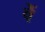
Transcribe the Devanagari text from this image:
वेें